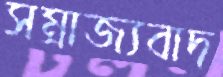
সম্রাজ্যবাদ